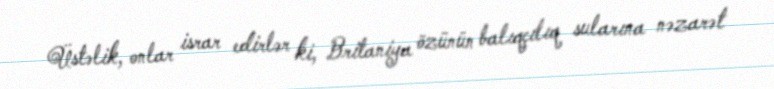
Üstəlik, onlar israr edirlər ki, Britaniya özünün balıqçılıq sularına nəzarət